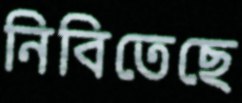
নিবিতেছে